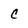
Character: c